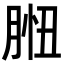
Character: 𦛾